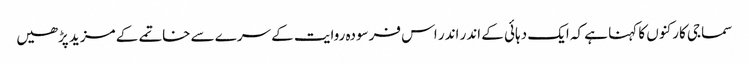
سماجی کارکنوں کا کہنا ہے کہ ایک دہائی کے اندر اندر اس فرسودہ روایت کے سرے سے خاتمے کے مزید پڑھیں